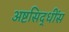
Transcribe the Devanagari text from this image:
अष्टसिद्धींस